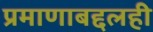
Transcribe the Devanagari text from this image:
प्रमाणाबद्दलही